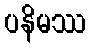
ပနိမဿ